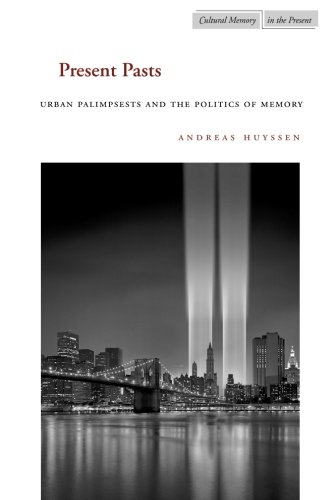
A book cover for Present Pasts: Urban Palimpsests and the Politics of Memory (Cultural Memory in the Present); Andreas Huyssen; History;